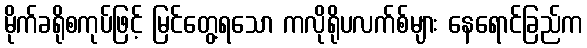
မိုက်ခရိုစကုပ်ဖြင့် မြင်တွေ့ရသော ကလိုရိုပလက်စ်များ နေရောင်ခြည်က